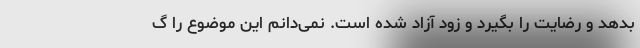
بدهد و رضایت را بگیرد و زود آزاد شده است. نمی‌دانم این موضوع را گ